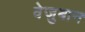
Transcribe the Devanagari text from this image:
वेजुबान